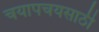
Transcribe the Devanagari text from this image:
चयापचयसाठी